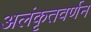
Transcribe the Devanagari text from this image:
अलंकृतवर्णन